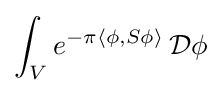
\int _{V}e^{-\pi \langle \phi ,S\phi \rangle }\,{\mathcal {D}}\phi